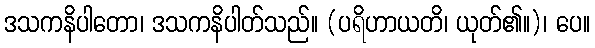
ဒသကနိပါတော၊ ဒသကနိပါတ်သည်။ (ပရိဟာယတိ၊ ယုတ်၏။)၊ ပေ။